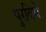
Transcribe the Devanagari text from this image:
पुरबिये